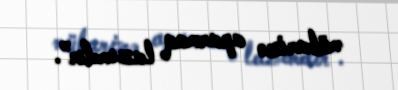
mübarizə aparmaq lazımdır”.